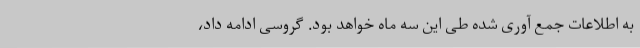
به اطلاعات جمع آوری شده طی این سه ماه خواهد بود. گروسی ادامه داد،